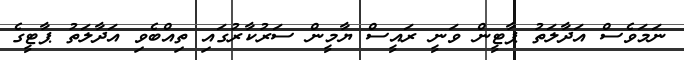
ނަމަވެސް އަދާލަތު ޕާޓީން ވަނީ ރައީސް ޔާމީން ސަރުކާރުގައި ތިއްބެވި އަދާލަތު ޕާޓީގެ